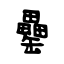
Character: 罍